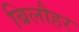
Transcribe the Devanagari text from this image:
बिलौहर